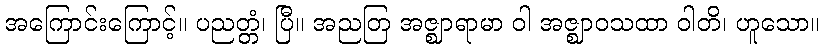
အကြောင်းကြောင့်။ ပညတ္တံ၊ ပြီ။ အညတြ အဇ္ဈာရာမာ ဝါ အဇ္ဈာဝသထာ ဝါတိ၊ ဟူသော။